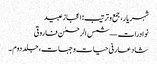
شہر یار، جمع و ترتیب: اعجاز عبید
نوادرات — شمس الرحمٰن فاروقی
شاد عارفی حیات و جہات، جلد دوم ۔